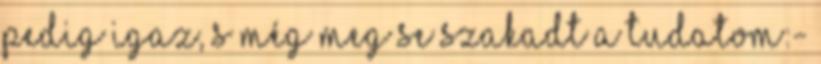
pedig igaz, s még meg se szakadt a tudatom:-